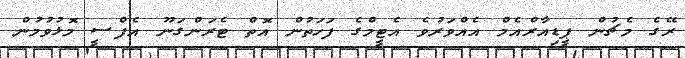
ރޭގެ މެޗުން ޕީޑިއާރްއެމް އެއްވަރުވެ އެޓީމްގެ ފަހަތުން އޮތް ޓެރަންގަނޫ އެފްސީ މޮޅުވުމުން